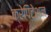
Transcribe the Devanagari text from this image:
क्रेपिटेशन